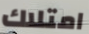
امتلاك